kultuurilooline_kollektsioon, lk 20
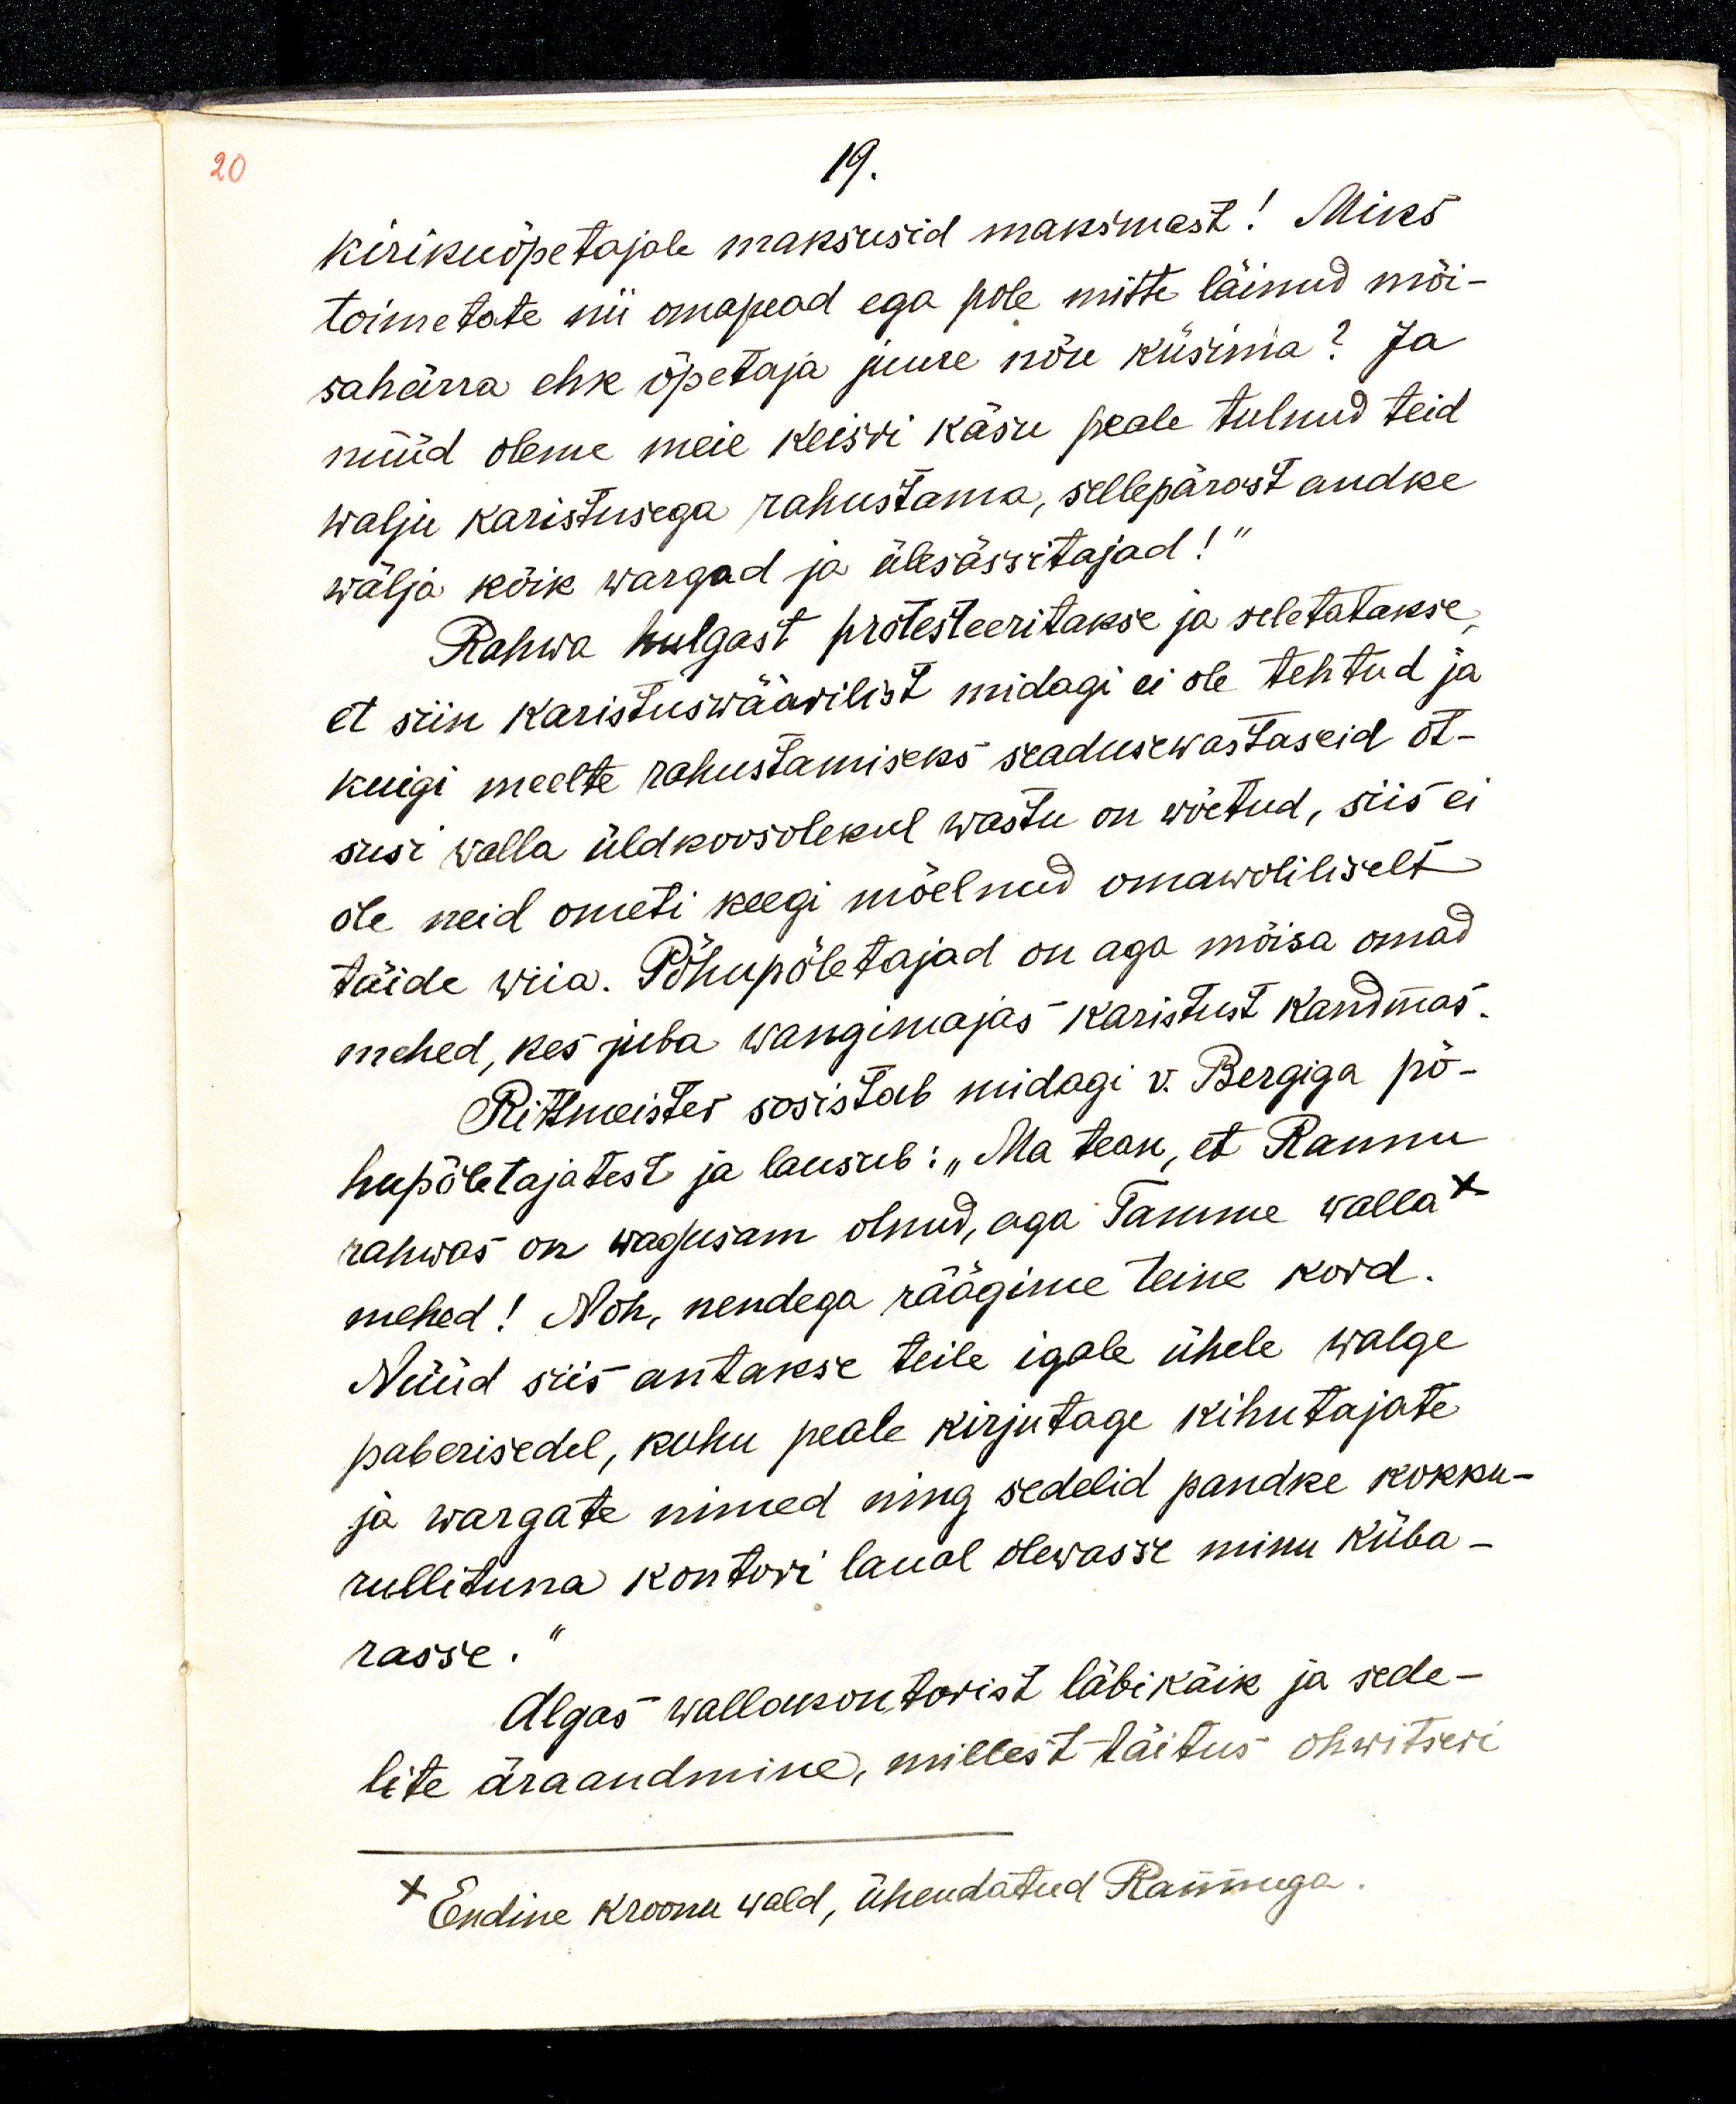
20

19. 
kirikuõpetajale maksusid maksmast! Miks
toimetate nii omapead ega pole mitte läinud mõi-
sahärra ehk õpetaja juure nõu küsima? Ja
nüüd oleme meie keisri käsu peale tulnud teid
walju karistusega rahustama, sellepärast andke
wälja kõik wargad ja ülesässitajad!“
Rahwa hulgast protesteeritakse ja seletatakse,
et siin karistuswäärilist midagi ei ole tehtud ja
kuigi meelte rahustamiseks seadusewastaseid ot-
susi walla üldkoosolekul wastu on wõetud, siis ei
ole neid ometi keegi mõelnud omawoliliselt
täide wiia. Põhupõletajad on aga mõisa omad
mehed, kes juba wangimajas karistust kandmas.
Rittmeister sosistab midagi v. Bergiga põ-
hupõletajatest ja lausub: „Ma tean, et Rannu 
rahwas on wagusam olnud, aga Tamme walla x
mehed! Noh, nendega räägime teine kord.
Nüüd siis antakse teile igale ühele walge
paberisedel, kuhu peale kirjutage kihutajate
ja wargate nimed ning sedelid pandke kokku-
rullituna kontori laual olewasse minu küba-
rasse.“
Algas wallakontorist läbikäik ja sede-
lite äraandmine, millest täitus ohwitseri
x Endine Kroonu wald, ühendatud Rannuga.